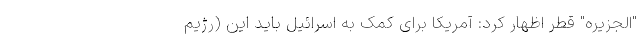
"الجزیره" قطر اظهار کرد: آمریکا برای کمک به اسرائیل باید این (رژیم